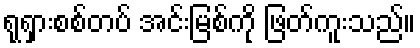
ရုရှားစစ်တပ် အင်းမြစ်ကို ဖြတ်ကူးသည်။